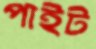
পাইট